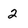
Character: 2